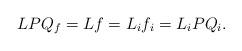
LaTeX: \begin{align*}L PQ_f = L f = L_{i} f_i = L_{i} P Q_i.\end{align*}